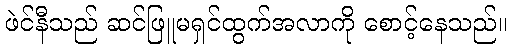
ဖဲင်နီသည် ဆင်ဖြူမရှင်ထွက်အလာကို စောင့်နေသည်။